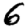
Digit: 6